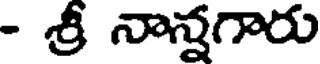
- శ్రీ నాన్నగారు